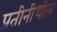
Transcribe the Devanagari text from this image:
प्रतीनीधीत्व